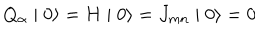
LaTeX: Q _ { \alpha } \mid 0 \rangle = H \mid 0 \rangle = J _ { m n } \mid 0 \rangle = 0